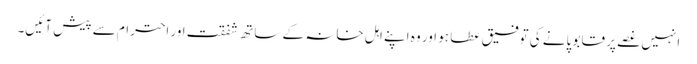
انہیں غصے پر قابو پانے کی توفیق عطا ہو اور وہ اپنے اہلِ خانہ کے ساتھ شفقت اور احترام سے پیش آئیں۔